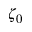
\zeta _ { 0 }